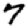
Digit: 7